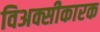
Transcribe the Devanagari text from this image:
विअक्सीकारक